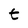
Character: t